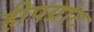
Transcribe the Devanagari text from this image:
हीपग्रांट